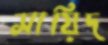
সায়িদ